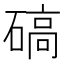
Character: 碻